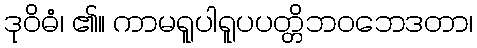
ဒုဝိဓံ၊ ၏။ ကာမရူပါရူပပတ္တိဘဝဘေဒတာ၊